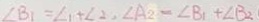
\angle B _ { 1 } = \angle 1 + \angle 2 , \angle A _ { 2 } = \angle B _ { 1 } + \angle B _ { 2 }